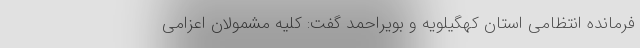
فرمانده انتظامی استان کهگیلویه و بویراحمد گفت: کلیه مشمولان اعزامی